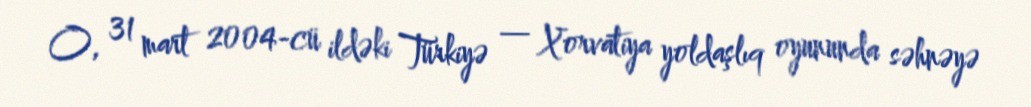
O, 31 mart 2004-cü ildəki Türkiyə — Xorvatiya yoldaşlıq oyununda səhnəyə